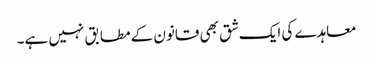
معاہدے کی ایک شق بھی قانون کے مطابق نہیں ہے۔